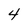
Character: 4